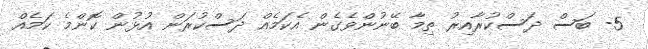
5- ބަސް ދަސްކުރާއިރު ތިމާ ބޭނުންވެގެން އެކަމެއް ދަސްކުރަން އުޅުން ކޮންމެ ކަމެއް